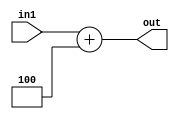
module PC_increment(in1, out);
  	input [31:0] in1;
    output reg [31:0] out;
  
  	initial begin
      out = 0;
    end
	
  	always@(in1) begin
		out = in1 + 4;
      	//$display("PC incremented value: %0h", out);
	end
endmodule